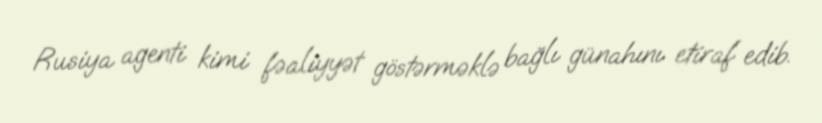
Rusiya agenti kimi fəaliyyət göstərməklə bağlı günahını etiraf edib.